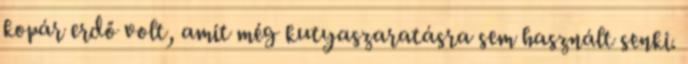
kopár erdő volt, amit még kutyaszaratásra sem használt senki.